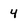
Character: 4